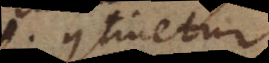
t continet,